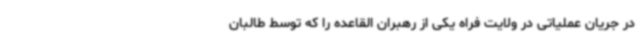
در جریان عملیاتی در ولایت فراه یکی از رهبران القاعده را که توسط طالبان